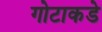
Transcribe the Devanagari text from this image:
गोटाकडे